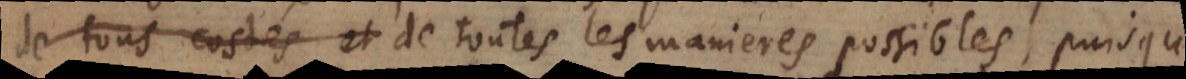
du monde de toutes les manieres possibles, puisqu’